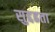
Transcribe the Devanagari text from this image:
सुद्दढता